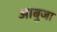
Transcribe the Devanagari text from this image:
आबुजा